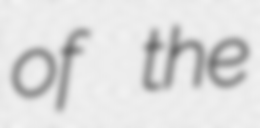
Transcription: of the